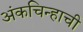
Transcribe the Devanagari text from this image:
अंकचिन्हाची